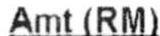
AMT(RM)